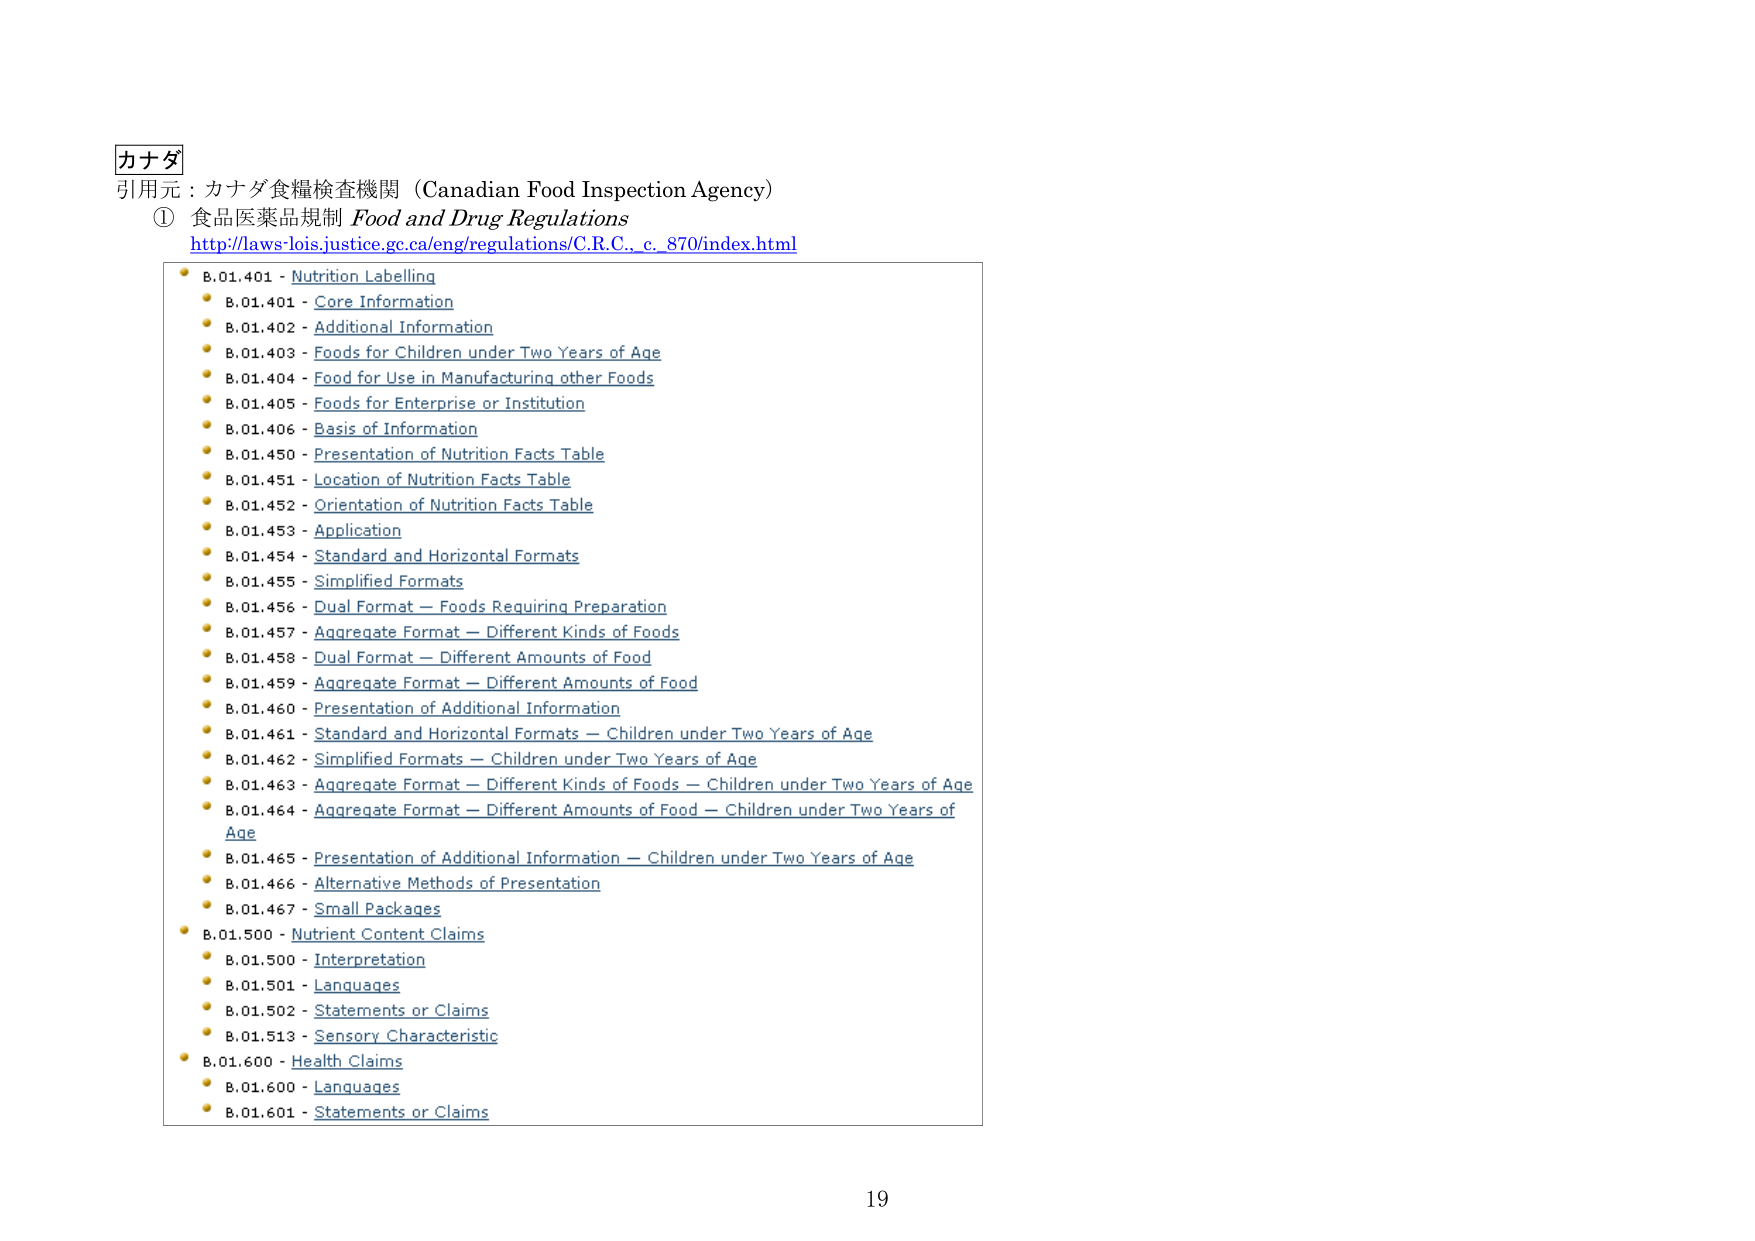
カナダ
引用元：カナダ食糧検査機関（Canadian Food Inspection Agency）
① 食品医薬品規制 Food and Drug Regulations
http://laws-lois.justice.gc.ca/eng/regulations/C.R.C., c._870/index.html

• B.01.401 - Nutrition Labelling
• B.01.401 - Core Information
• B.01.402 - Additional Information
• B.01.403 - Foods for Children under Two Years of Age
• B.01.404 - Food for Use in Manufacturing other Foods
• B.01.405 - Foods for Enterprise or Institution
• B.01.406 - Basis of Information
• B.01.450 - Presentation of Nutrition Facts Table
• B.01.451 - Location of Nutrition Facts Table
• B.01.452 - Orientation of Nutrition Facts Table
• B.01.453 - Application
• B.01.454 - Standard and Horizontal Formats
• B.01.455 - Simplified Formats
• B.01.456 - Dual Format — Foods Requiring Preparation
• B.01.457 - Aggregate Format — Different Kinds of Foods
• B.01.458 - Dual Format — Different Amounts of Food
• B.01.459 - Aggregate Format — Different Amounts of Food
• B.01.460 - Presentation of Additional Information
• B.01.461 - Standard and Horizontal Formats — Children under Two Years of Age
• B.01.462 - Simplified Formats — Children under Two Years of Age
• B.01.463 - Aggregate Format — Different Kinds of Foods — Children under Two Years of Age
• B.01.464 - Aggregate Format — Different Amounts of Food — Children under Two Years of Age
• B.01.465 - Presentation of Additional Information — Children under Two Years of Age
• B.01.466 - Alternative Methods of Presentation
• B.01.467 - Small Packages
• B.01.500 - Nutrient Content Claims
• B.01.500 - Interpretation
• B.01.501 - Languages
• B.01.502 - Statements or Claims
• B.01.513 - Sensory Characteristic
• B.01.600 - Health Claims
• B.01.600 - Languages
• B.01.601 - Statements or Claims

19